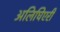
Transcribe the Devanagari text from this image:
अलिघिएरी